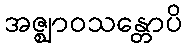
အဇ္ဈာဝသန္တောပိ